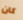
كان